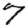
Digit: 7